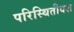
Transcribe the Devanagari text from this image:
परिस्थितीवश